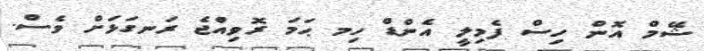
ޝޭމް އޮން ހިސް ފެމިލީ އެންޑް ހިމ ޙަމަ ރޮވިއްޖެ ރަނގަޅަށް ވެސް.